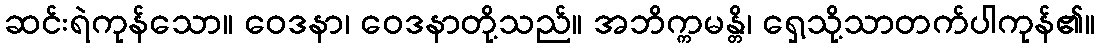
ဆင်းရဲကုန်သော။ ဝေဒနာ၊ ဝေဒနာတို့သည်။ အဘိက္ကမန္တိ၊ ရှေ့သို့သာတက်ပါကုန်၏။